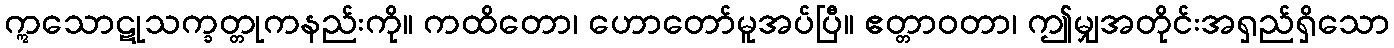
ဣသောဋုသက္ခတ္တုကနည်းကို။ ကထိတော၊ ဟောတော်မူအပ်ပြီ။ ဧတ္တာဝတာ၊ ဤမျှအတိုင်းအရှည်ရှိသော